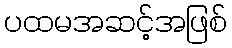
ပထမအဆင့်အဖြစ်